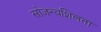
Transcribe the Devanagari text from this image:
सोजन्यशिलता